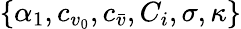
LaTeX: \{ \alpha_{1},c_{{v}_{0}},c_{{\bar{v}}},{C}_{i},\sigma,\kappa\}